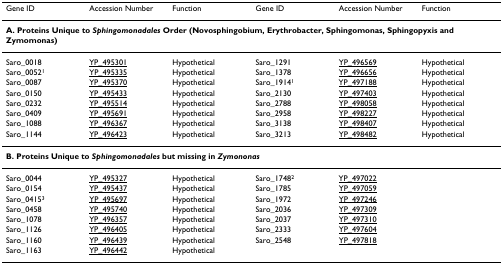
<table><thead><tr><td><b>Gene ID</b></td><td><b>Accession Number</b></td><td><b>Function</b></td><td><b>Gene ID</b></td><td><b>Accession Number</b></td><td><b>Function</b></td></tr></thead><tbody><tr><td colspan="6"><b>A. Proteins Unique to <i>Sphingomonadales </i>Order (Novosphingobium, Erythrobacter, Sphingomonas, Sphingopyxis and Zymomonas)</b></td></tr><tr><td>Saro_0018</td><td>YP_495301</td><td>Hypothetical</td><td>Saro_1291</td><td>YP_496569</td><td>Hypothetical</td></tr><tr><td>Saro_0052<sup>1</sup></td><td>YP_495335</td><td>Hypothetical</td><td>Saro_1378</td><td>YP_496656</td><td>Hypothetical</td></tr><tr><td>Saro_0087</td><td>YP_495370</td><td>Hypothetical</td><td>Saro_1914<sup>1</sup></td><td>YP_497188</td><td>Hypothetical</td></tr><tr><td>Saro_0150</td><td>YP_495433</td><td>Hypothetical</td><td>Saro_2130</td><td>YP_497403</td><td>Hypothetical</td></tr><tr><td>Saro_0232</td><td>YP_495514</td><td>Hypothetical</td><td>Saro_2788</td><td>YP_498058</td><td>Hypothetical</td></tr><tr><td>Saro_0409</td><td>YP_495691</td><td>Hypothetical</td><td>Saro_2958</td><td>YP_498227</td><td>Hypothetical</td></tr><tr><td>Saro_1088</td><td>YP_496367</td><td>Hypothetical</td><td>Saro_3138</td><td>YP_498407</td><td>Hypothetical</td></tr><tr><td>Saro_1144</td><td>YP_496423</td><td>Hypothetical</td><td>Saro_3213</td><td>YP_498482</td><td>Hypothetical</td></tr><tr><td colspan="6"><b>B. Proteins Unique to <i>Sphingomonadales </i>but missing in <i>Zymononas</i></b></td></tr><tr><td>Saro_0044</td><td>YP_495327</td><td>Hypothetical</td><td>Saro_1748<sup>2</sup></td><td>YP_497022</td><td></td></tr><tr><td>Saro_0154</td><td>YP_495437</td><td>Hypothetical</td><td>Saro_1785</td><td>YP_497059</td><td></td></tr><tr><td>Saro_0415<sup>3</sup></td><td>YP_495697</td><td>Hypothetical</td><td>Saro_1972</td><td>YP_497246</td><td></td></tr><tr><td>Saro_0458</td><td>YP_495740</td><td>Hypothetical</td><td>Saro_2036</td><td>YP_497309</td><td></td></tr><tr><td>Saro_1078</td><td>YP_496357</td><td>Hypothetical</td><td>Saro_2037</td><td>YP_497310</td><td></td></tr><tr><td>Saro_1126</td><td>YP_496405</td><td>Hypothetical</td><td>Saro_2333</td><td>YP_497604</td><td></td></tr><tr><td>Saro_1160</td><td>YP_496439</td><td>Hypothetical</td><td>Saro_2548</td><td>YP_497818</td><td></td></tr><tr><td>Saro_1163</td><td>YP_496442</td><td>Hypothetical</td><td></td><td></td><td></td></tr></tbody></table>